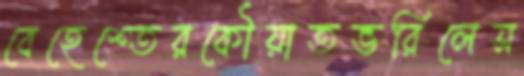
বেহেশ্তেরকৌয়াতভরিলেস